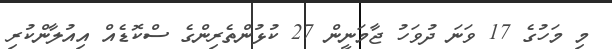
މި މަހުގެ 17 ވަނަ ދުވަހު ޖާމަނީން 27 ކުޅުންތެރިންގެ ސްކޮޑެއް އިއުލާންކުރި